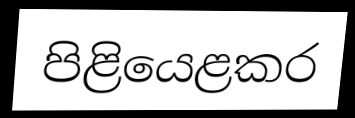
පිළියෙළකර